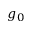
g _ { 0 }